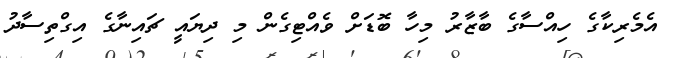
އެމެރިކާގެ ހިއްސާގެ ބާޒާރު މިހާ ބޮޑަށް ވެއްޓިގެން މި ދިޔައީ ޗައިނާގެ އިގްތިސާދު